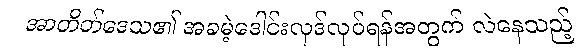
အာတိတ်ဒေသ၏ အခမဲ့ဒေါင်းလုဒ်လုပ်ရန်အတွက် လဲနေသည့်